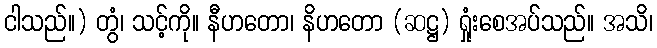
ငါသည်။) တွံ၊ သင့်ကို။ နီဟတော၊ နိဟတော (ဆဋ္ဌ) ရှုံးစေအပ်သည်။ အသိ၊